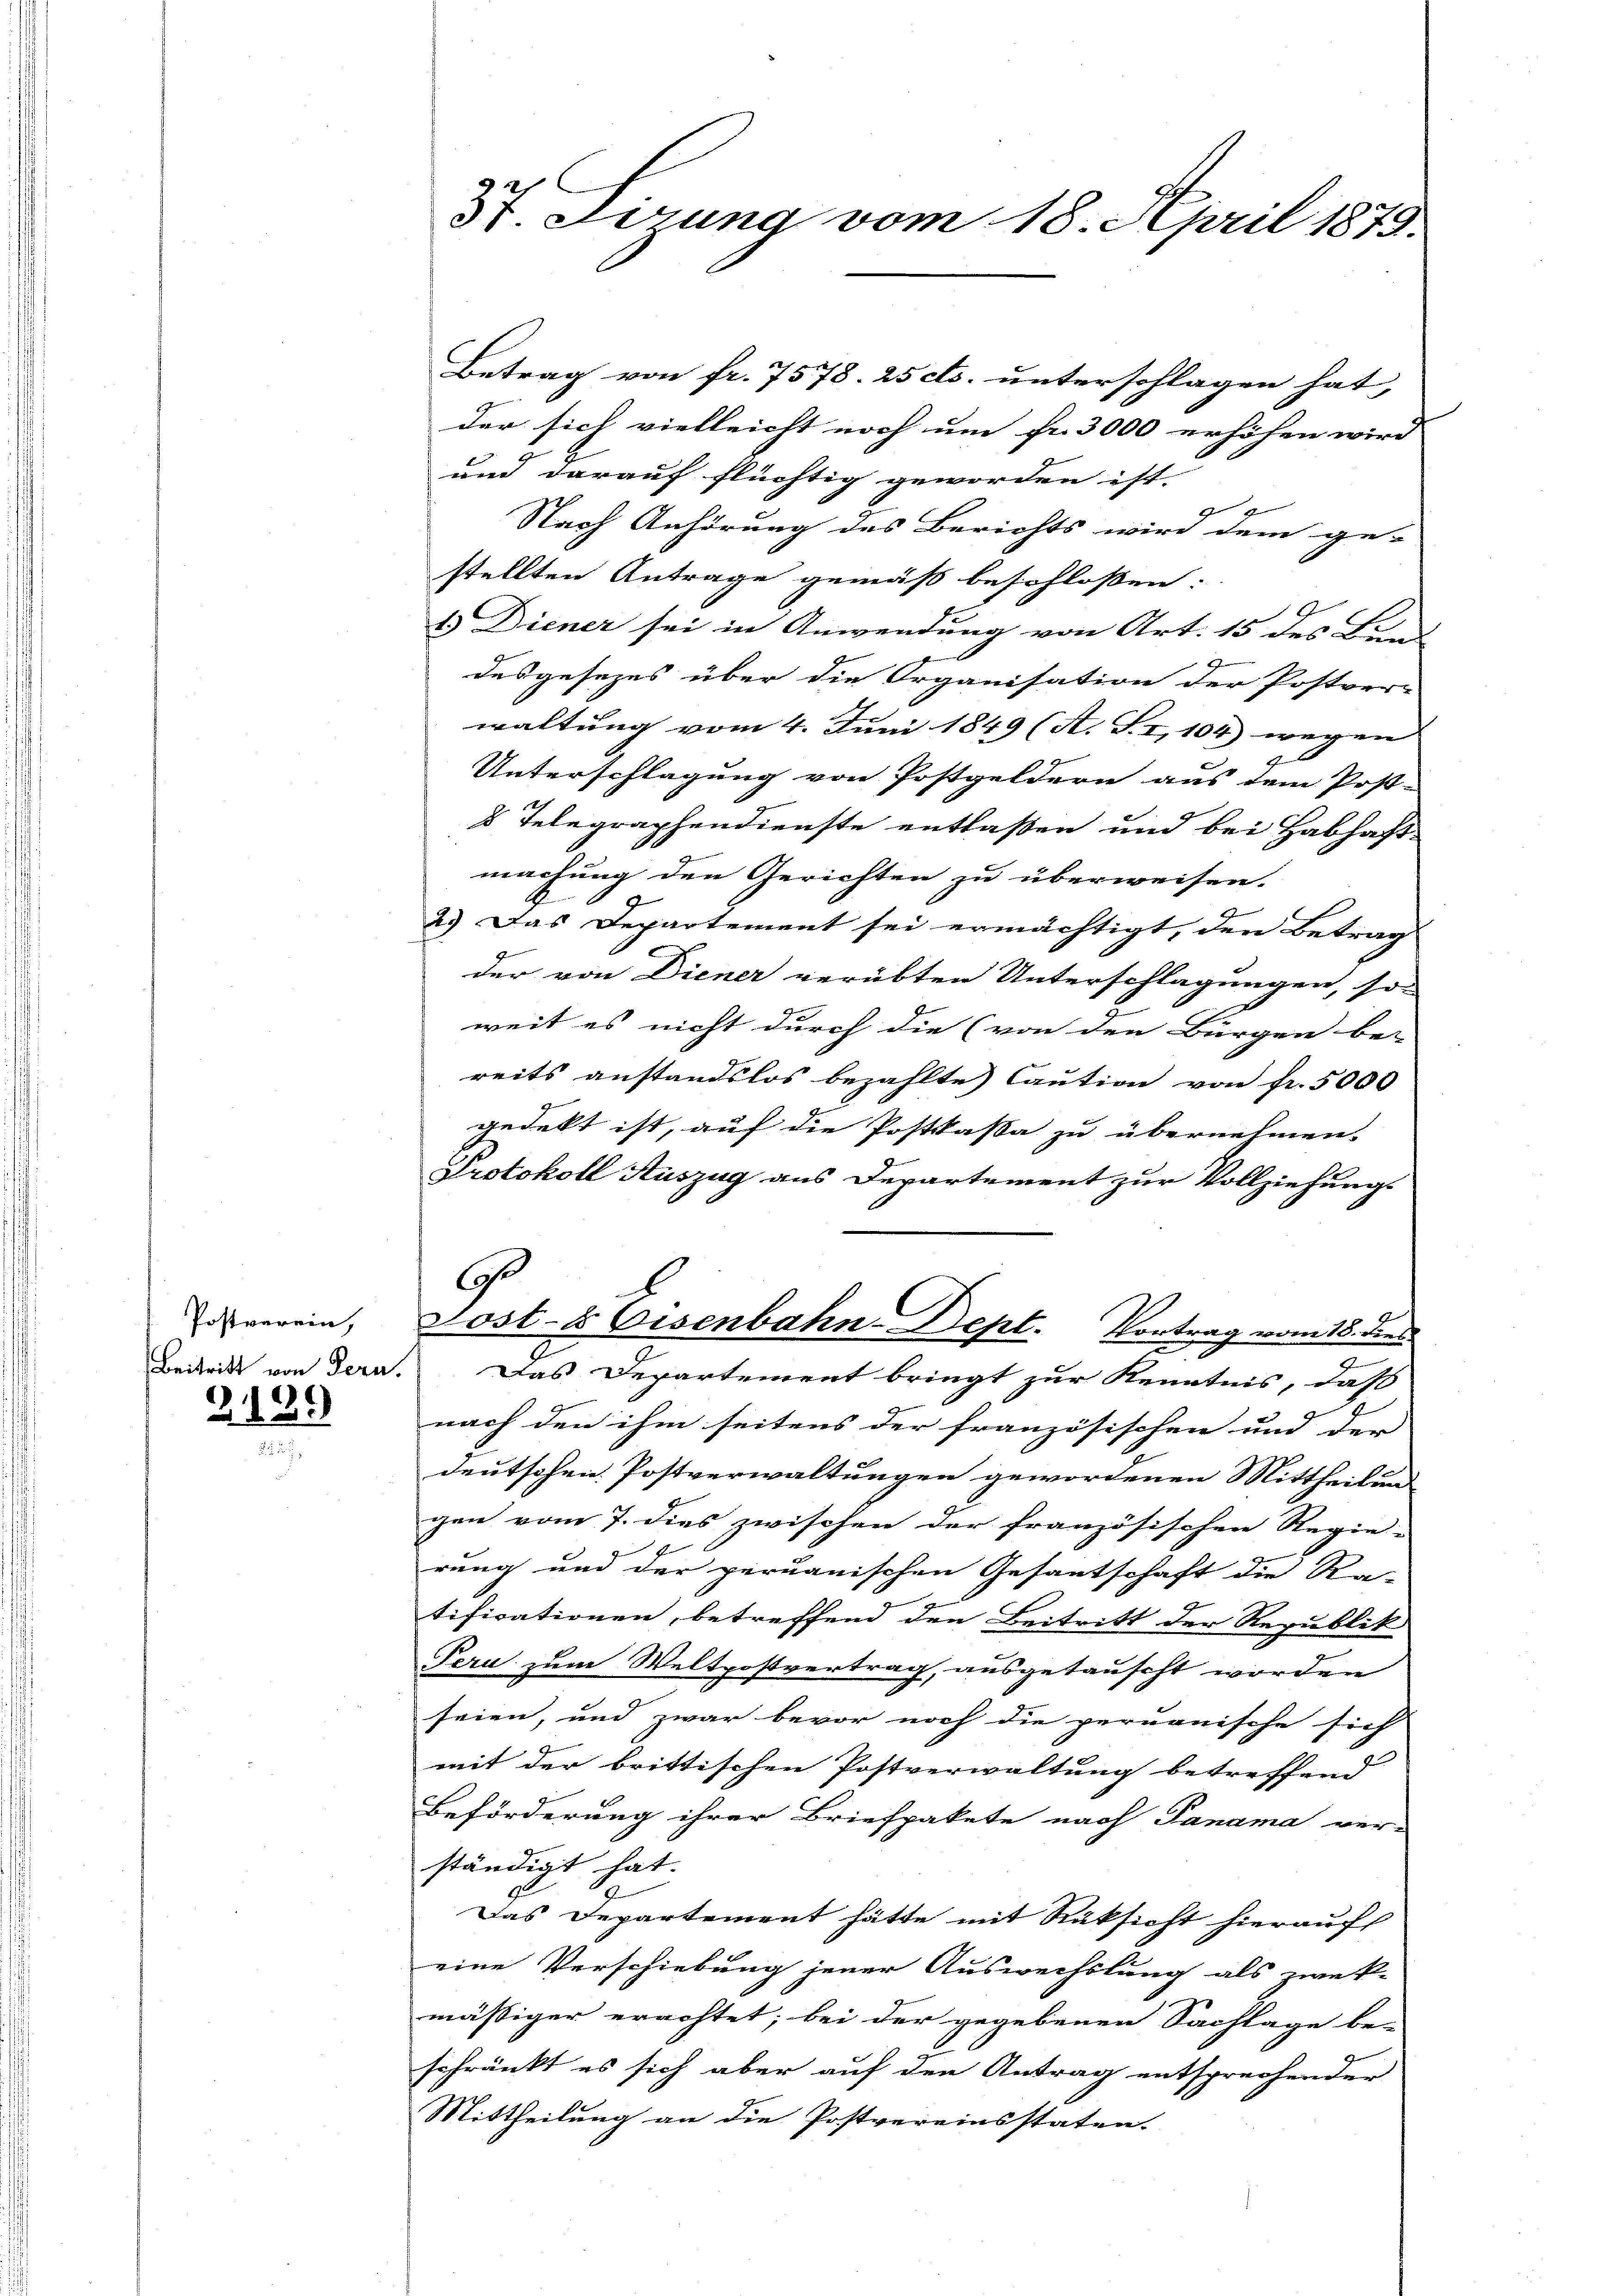
Postverein,

Z 139

37. Jizung vom 18. April 1879.

Betrag von fr. 7573. 25 cts. unterschlagen hat,
der sich vielleicht noch um fr. 3000 erhöhen wird
und darauf flüchtig geworden ist.
.
Nach Anhörung des Berichts wird dem ge- |
stellten Antrage gemäß beschlossen:
1.) Diener sei in Anwendung von Art. 15 des Bun
desgesezes über die Organisation der Postver-
waltung vom 4. Juni 1849 (A. Si, 104) wegen |
Unterschlagung von Postgeldern aus dem Post-
8 Telegraphendienste entlaßen und bei Habhaft-
machung den Gerichten zu überweisen.
2.) Das Departement sei ermächtigt, den Betrag
der von Diener verübten Unterschlagungen, so
weit es nicht durch die (von den Bürgen be-
reits anstandslos bezahlte Caution von fr. 5000
gedekt ist, auf die Postkassa zu übernehmen.
Protokoll Auszug aus Departement zur Vollziehungs
Chr
Lost- & Eisenbahn-Dept. Vortrag vom 18. dies
7
Beiris von dern. Das Departement bringt zur Kenntnis, daß
nach den ihm seitens der französischen und der |
deutschen Postverwaltungen gewordenen Mittheilung
gen vom 7. dies zwischen der französischen Regie-
rung und der peruanischen Gesantschaft die Ra-
tificationen, betreffend den Beitritt der Republik
Pera zum Weltpostvertrag, ausgetauscht worden
seien, und zwar bevor noch die permanische sich
mit der brittischen Postverwaltung betreffend
Beförderung ihrer Briefpakete nach Panama ver-
ständigt hat.
Das Departement hätte mit Rüksicht hierauf
eine Verschiebung jener Auswechslung als zwek-
mäßiger erachtet; bei der gegebenen Sachlage be-
schränkt es sich aber auf den Antrag entsprechender
Mittheilung an die Postvereinsstaten-